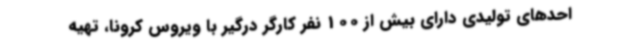
احدهای تولیدی دارای بیش از 100 نفر کارگر درگیر با ویروس کرونا، تهیه